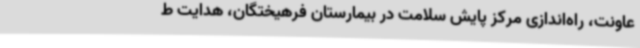
عاونت، راه‌اندازی مرکز پایش سلامت در بیمارستان فرهیختگان، هدایت ط